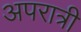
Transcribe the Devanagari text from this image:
अपरात्री